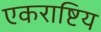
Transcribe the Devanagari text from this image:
एकराष्टिय